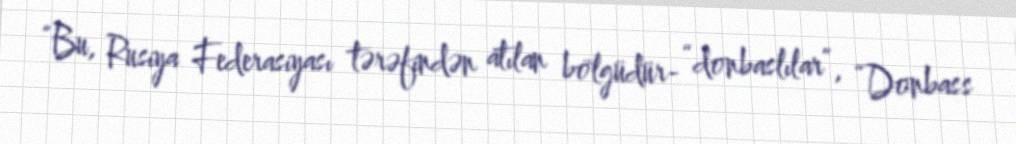
“Bu, Rusiya Federasiyası tərəfindən atılan bölgüdür- “donbaslılar”, “Donbass